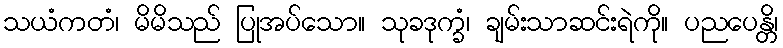
သယံကတံ၊ မိမိသည် ပြုအပ်သော။ သုခဒုက္ခံ၊ ချမ်းသာဆင်းရဲကို။ ပညပေန္တိ၊